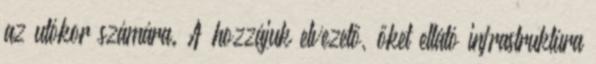
az utókor számára. A hozzájuk elvezető, őket ellátó infrastruktúra